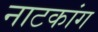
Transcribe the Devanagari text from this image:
नाटकांग